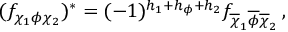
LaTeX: ( f _ { \chi _ { 1 } \phi \chi _ { 2 } } ) ^ { \ast } = ( - 1 ) ^ { h _ { 1 } + h _ { \phi } + h _ { 2 } } f _ { \overline { { \chi } } _ { 1 } \overline { { \phi } } \overline { { \chi } } _ { 2 } } \, ,